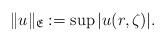
LaTeX: \begin{align*}\|u\|_{\mathfrak{E}}:=\sup |u(r,\zeta)|.\end{align*}